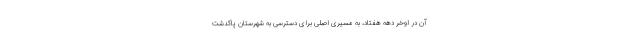
آن در اوخر دهه هفتاد، به مسیری اصلی برای دسترسی به شهرستان پاکدشت